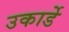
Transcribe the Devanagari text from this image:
उकार्डे